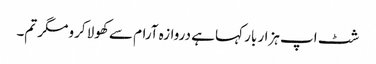
شٹ اپ ہزار بار کہا ہے دروازہ آرام سے کھولا کرو مگر تم۔